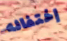
إختفائه